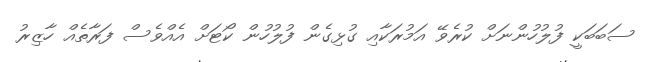
ސަބަބަކީ ފުލުހުންނަށް ކުރެވޭ އަމުރަކާއި ގުޅިގެން ފުލުހުން ކޯޓަށް އެއްވެސް ފަރާތެއް ހާޒިރު